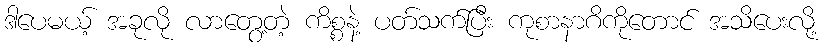
ဒါပေမယ့် အခုလို လာတွေ့တဲ့ ကိစ္စနဲ့ ပတ်သက်ပြီး ကုစာနာဂိကိုတောင် အသိပေးလို့